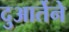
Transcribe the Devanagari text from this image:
दुआर्तेने